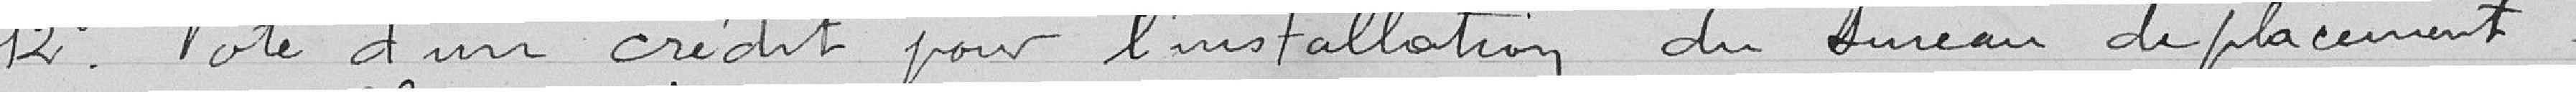
12° Vote d'un crédit pour l'installation du bureau de placement.